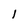
Character: I